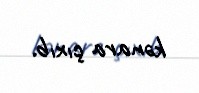
kənara çıxıb.